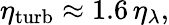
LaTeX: \eta_{\mathrm{turb}}\approx 1.6\, \eta_{\lambda},